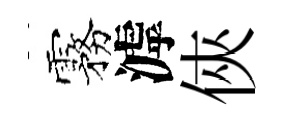
霧滹俠